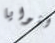
النوايا